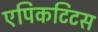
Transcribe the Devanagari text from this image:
एपिकटिटस